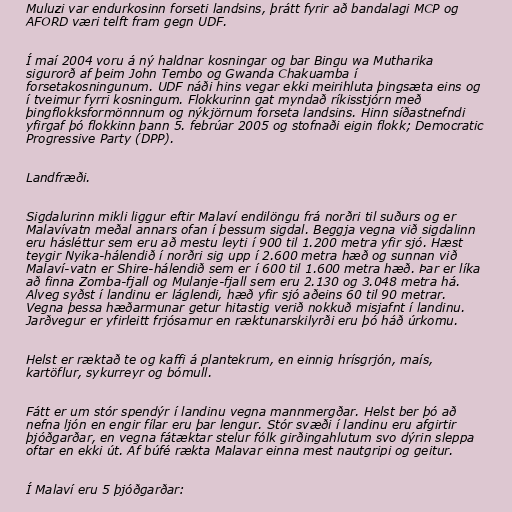
Muluzi var endurkosinn forseti landsins, þrátt fyrir að bandalagi MCP og
AFORD væri telft fram gegn UDF.

Í maí 2004 voru á ný haldnar kosningar og bar Bingu wa Mutharika
sigurorð af þeim John Tembo og Gwanda Chakuamba í
forsetakosningunum. UDF náði hins vegar ekki meirihluta þingsæta eins og
í tveimur fyrri kosningum. Flokkurinn gat myndað ríkisstjórn með
þingflokksformönnnum og nýkjörnum forseta landsins. Hinn síðastnefndi
yfirgaf þó flokkinn þann 5. febrúar 2005 og stofnaði eigin flokk; Democratic
Progressive Party (DPP).

Landfræði.

Sigdalurinn mikli liggur eftir Malaví endilöngu frá norðri til suðurs og er
Malavívatn meðal annars ofan í þessum sigdal. Beggja vegna við sigdalinn
eru hásléttur sem eru að mestu leyti í 900 til 1.200 metra yfir sjó. Hæst
teygir Nyika-hálendið í norðri sig upp í 2.600 metra hæð og sunnan við
Malaví-vatn er Shire-hálendið sem er í 600 til 1.600 metra hæð. Þar er líka
að finna Zomba-fjall og Mulanje-fjall sem eru 2.130 og 3.048 metra há.
Alveg syðst í landinu er láglendi, hæð yfir sjó aðeins 60 til 90 metrar.
Vegna þessa hæðarmunar getur hitastig verið nokkuð misjafnt í landinu.
Jarðvegur er yfirleitt frjósamur en ræktunarskilyrði eru þó háð úrkomu.

Helst er ræktað te og kaffi á plantekrum, en einnig hrísgrjón, maís,
kartöflur, sykurreyr og bómull.

Fátt er um stór spendýr í landinu vegna mannmergðar. Helst ber þó að
nefna ljón en engir fílar eru þar lengur. Stór svæði í landinu eru afgirtir
þjóðgarðar, en vegna fátæktar stelur fólk girðingahlutum svo dýrin sleppa
oftar en ekki út. Af búfé rækta Malavar einna mest nautgripi og geitur.

Í Malaví eru 5 þjóðgarðar: